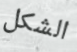
الشكل